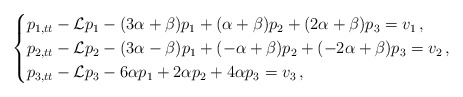
\begin{align*}\begin{cases}p_{1,tt} - \mathcal{L}p_1 - (3 \alpha + \beta)p_1 +(\alpha+\beta)p_2 + (2 \alpha+\beta)p_3= v_1\,, \\p_{2,tt} - \mathcal{L}p_2 - (3 \alpha -\beta)p_1 +(-\alpha+\beta)p_2 + (-2 \alpha +\beta)p_3= v_2\,, \\p_{3,tt} - \mathcal{L}p_3 - 6 \alpha p_1 +2\alpha p_2 + 4\alpha p_3= v_3\,, \end{cases}\end{align*}